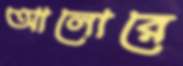
আলোরে